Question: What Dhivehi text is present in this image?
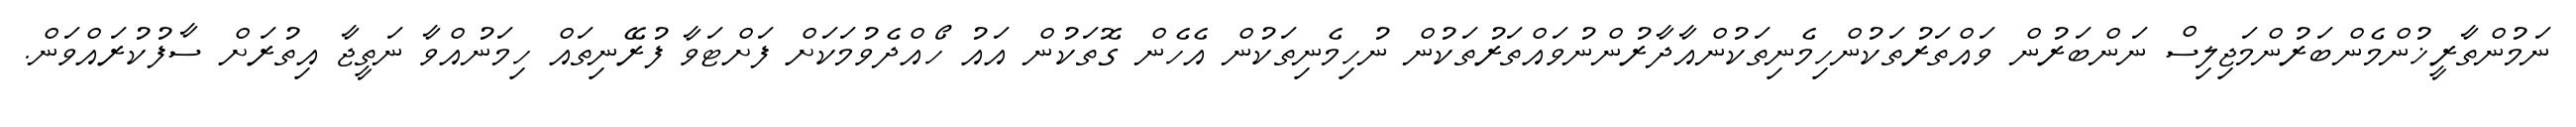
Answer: ނަމުންތާރީޚުންމެންބަރުންމަޖިލިސް ނަންބަރުން ވައްތަރުތަކުންހިމެނިތަކުންއާދާރުންނުވައްތަރުތަކުން ނުހިމެނިތަކުން އެހެން ގޮތަކުން އައު ހޯއްދެވުމަކަށް ފަށްޓަވާ ފުރޭނިތައް ހިމަނުއްވާ ނަތީޖާ އިތުރަށް ސާފުކުރައްވަން.